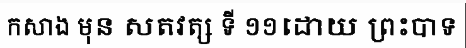
កសាង មុន សតវត្ស ទី ១១ដោយ ព្រះបាទ